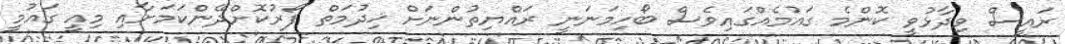
ރައީސް ވިދާޅުވީ ކޮންމެ ގައުމެއްގައިވެސް ބޯހިމަނަނީ ރައްޔިތުންނަށް ޚިދުމަތް ފޯރުކޮށްދޭންކަމަށާއި މިއީ ގައުމީ